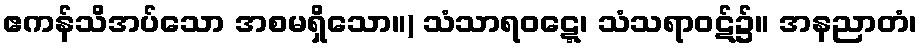
ဧကန်သိအပ်သော အစမရှိသော။) သံသာရဝဋ္ဋေ၊ သံသရာဝဋ်၌။ အနညာတံ၊